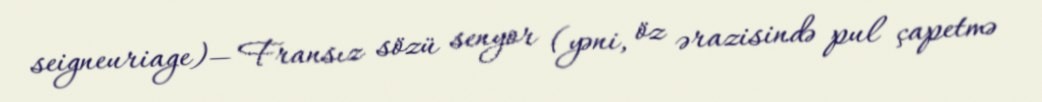
seigneuriage)— Fransız sözü senyor (yəni, öz ərazisində pul çapetmə